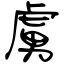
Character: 虜